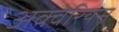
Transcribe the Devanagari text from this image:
अक्वेरियस